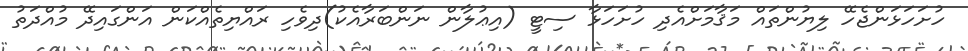
ހުށަހަޅަންޖެހޭ ލިޔުންތައް މަޤާމަށްއެދި ހުށަހަޅާ ސިޓީ (އިޢުލާން ނަންބަރާއެކު)ދިވެހި ރައްޔިތެއްކަން އަންގައިދޭ މުއްދަތު